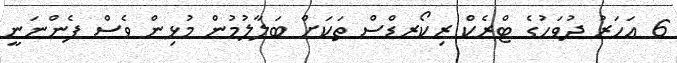
6 އަހަރު ދުވަހުގެ ޓްރެކް ރިކޯރޑްސް ތަކަށް ބަލާލުމުން މުޅިން ވެސް ފެންނަނީ